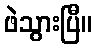
ဖဲသွားပြီ။